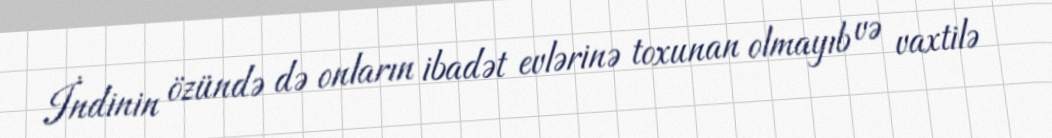
İndinin özündə də onların ibadət evlərinə toxunan olmayıb və vaxtilə